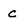
Character: c